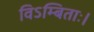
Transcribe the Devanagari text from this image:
विऽम्बिताः।